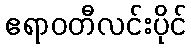
ဧရာဝတီလင်းပိုင်